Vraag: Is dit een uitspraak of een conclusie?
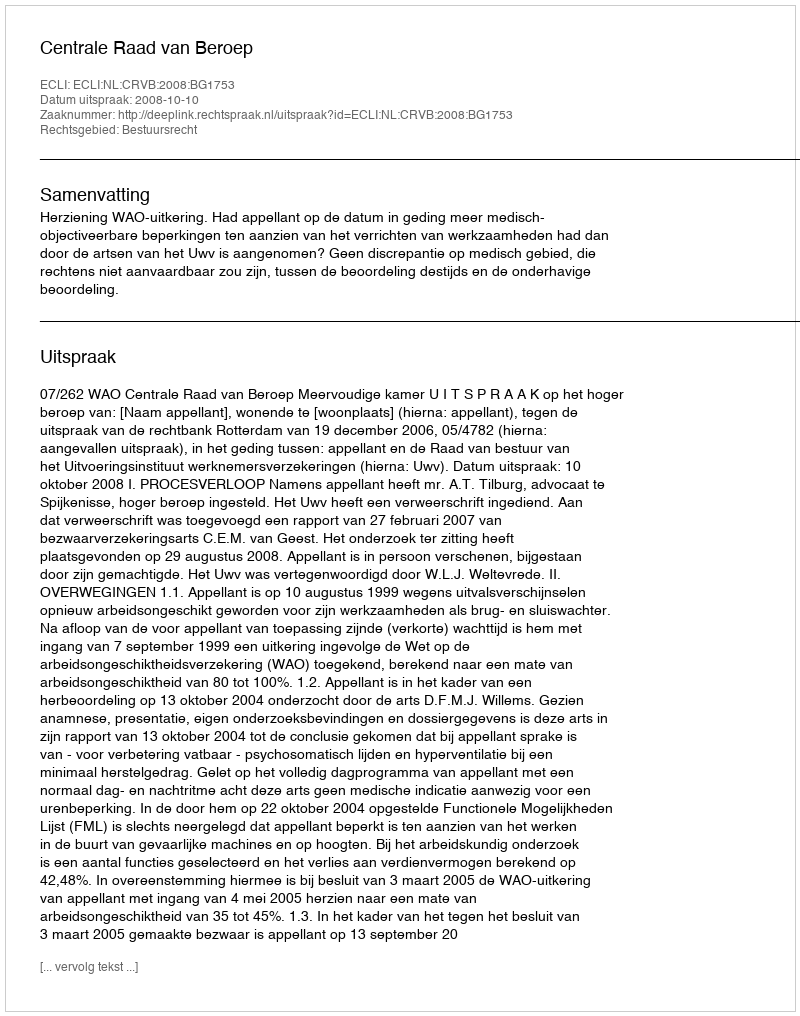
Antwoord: Uitspraak